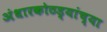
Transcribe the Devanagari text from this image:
अंधारकोठड्यांच्या